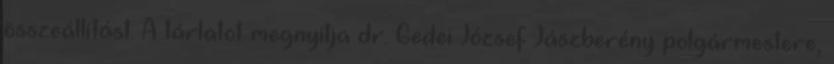
összeállítást. A tárlatot megnyitja dr. Gedei József Jászberény polgármestere,